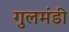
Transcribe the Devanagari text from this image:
गुलमंडी